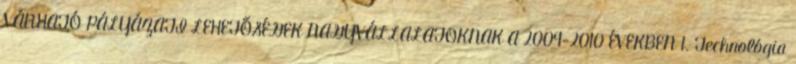
VÁRHATÓ PÁLYÁZATI LEHETŐSÉGEK NAGYVÁLLALATOKNAK A 2009-2010 ÉVEKBEN 1. Technológia